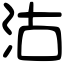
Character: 沽